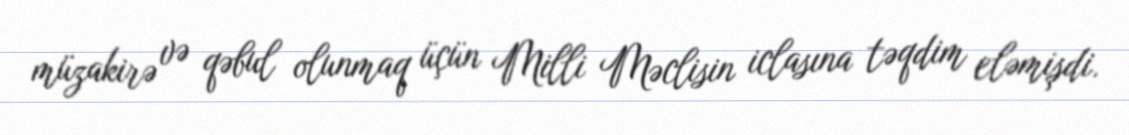
müzakirə və qəbul olunmaq üçün Milli Məclisin iclasına təqdim eləmişdi.